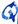
Text: Q